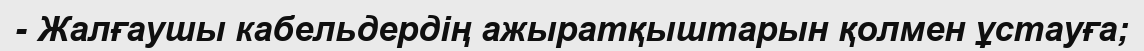
- Жалғаушы кабельдердің ажыратқыштарын қолмен ұстауға;